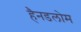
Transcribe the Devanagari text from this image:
हैनडलोम